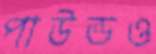
পাউন্ডও